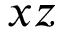
x z